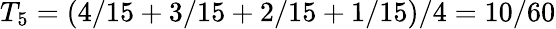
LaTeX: T_{5}=(4/15+3/15+2/15+1/15)/4=10/60